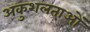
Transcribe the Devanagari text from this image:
अकुशलताओं